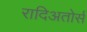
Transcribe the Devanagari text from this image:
रादिअतोर्स